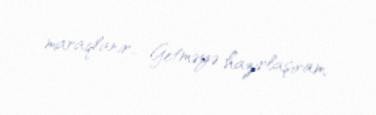
maraqlanır… Getməyə hazırlaşıram.